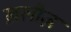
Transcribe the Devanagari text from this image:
ख़लीज़